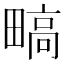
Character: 𬏐